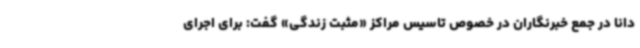
دانا در جمع خبرنگاران در خصوص تاسیس مراکز «مثبت زندگی» گفت: برای اجرای